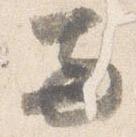
両